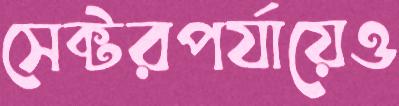
সেক্টরপর্যায়েও